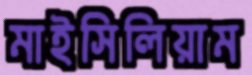
মাইসিলিয়াম